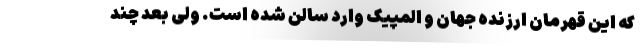
که این قهرمان ارزنده جهان و المپیک وارد سالن شده است. ولی بعد چند